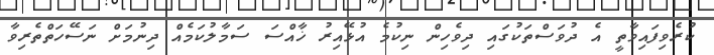
ކުރެވިފައިވާތީ އެ ދުވަސްތަކުގައި ދިވެހިން ނިކުމެ އުޅޭއިރު ޚާއްސަ ސަމާލުކަމެއް ދިނުމަށް ނަސޭހަތްތެރިވާ